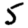
Digit: 5